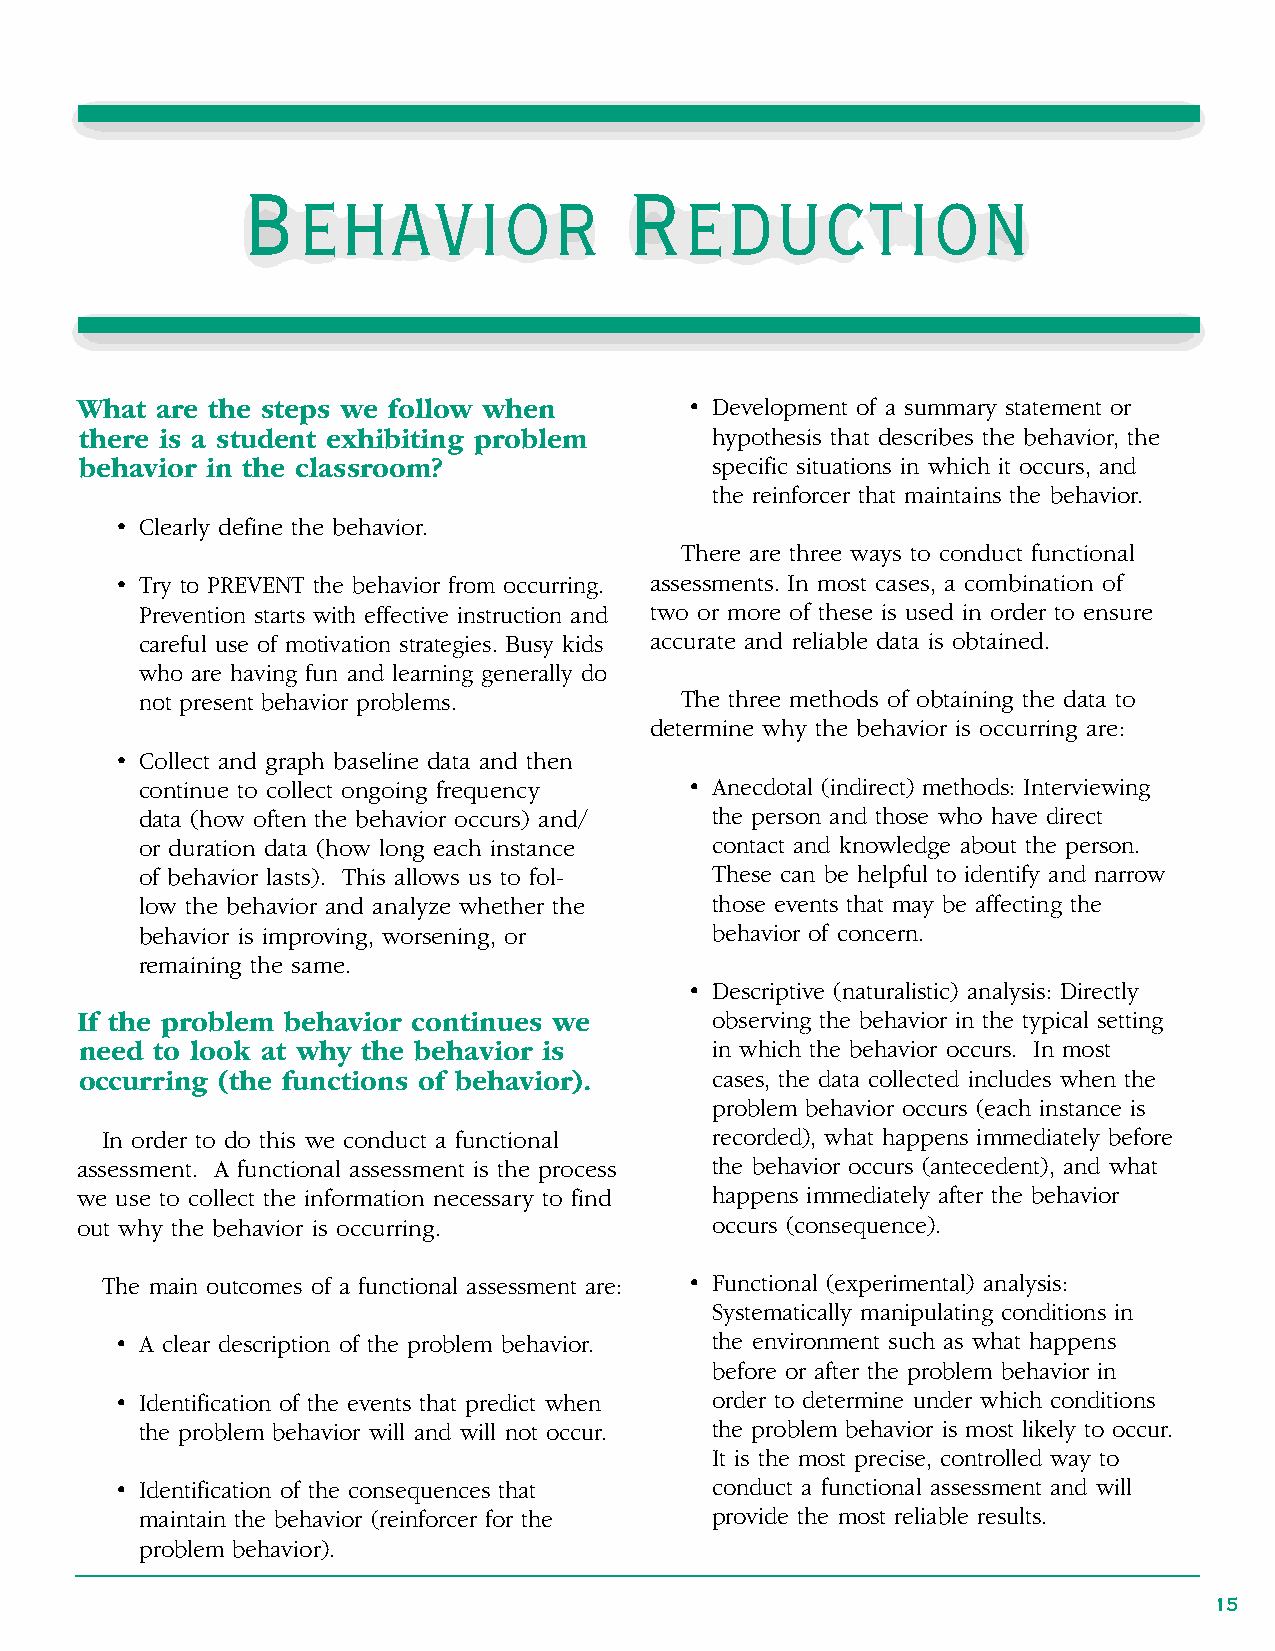
Behavior                  Reduction
 What are the steps we follow when       • Development of a summary statement or
 there is a student exhibiting problem     hypothesis that describes the behavior, the
 behavior in the classroom?                specific situations in which it occurs, and
 the reinforcer that maintains the behavior .
 • Clearly define the behavior.
 There are three ways to conduct functional
 • Try to PREVENT the behavior from occurring . assessments . In most cases, a combination of
 Prevention starts with effective instruction and two or more of these is used in order to ensure
 careful use of motivation strategies . Busy kids accurate and reliable data is obtained .
 who are having fun and learning generally do
 not present behavior problems .     The three methods of obtaining the data to
 determine why the behavior is occurring are:
 • Collect and graph baseline data and then
 continue to collect ongoing frequency • Anecdotal (indirect) methods: Interviewing
 data (how often the behavior occurs) and/ the person and those who have direct
 or duration data (how long each instance contact and knowledge about the person .
 of behavior lasts) . This allows us to fol- These can be helpful to identify and narrow
 low the behavior and analyze whether the those events that may be affecting the
 behavior is improving, worsening, or  behavior of concern .
 remaining the same .
 • Descriptive (naturalistic) analysis: Directly
 If the problem behavior continues we      observing the behavior in the typical setting
 need to look at why the behavior is       in which the behavior occurs . In most
 occurring (the functions of behavior).    cases, the data collected includes when the
 problem behavior occurs (each instance is
 In order to do this we conduct a functional recorded), what happens immediately before
 assessment . A functional assessment is the process the behavior occurs (antecedent), and what
 we use to collect the information necessary to find happens immediately after the behavior
 out why the behavior is occurring .       occurs (consequence) .
 The main outcomes of a functional assessment are: • Functional (experimental) analysis:
 Systematically manipulating conditions in
 • A clear description of the problem behavior. the environment such as what happens
 before or after the problem behavior in
 • Identification of the events that predict when order to determine under which conditions
 the problem behavior will and will not occur . the problem behavior is most likely to occur .
 It is the most precise, controlled way to
 • Identification of the consequences that conduct a functional assessment and will
 maintain the behavior (reinforcer for the provide the most reliable results .
 problem behavior) .
 15